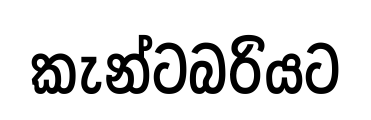
කැන්ටබරියට